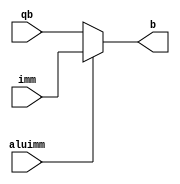
`timescale 1ns / 1ps
//////////////////////////////////////////////////////////////////////////////////
// Company: CMPEN 331
// 
// Design Name: 
// Module Name: ImmChoose
// Project Name: 
// Target Devices: 
// Tool Versions: 
// Description: 
// 
// Dependencies: 
// 
// Revision:
// Revision 0.01 - File Created
// Additional Comments:
// 
//////////////////////////////////////////////////////////////////////////////////


module ImmChoose(qb, imm, aluimm, b);
input [31:0] qb, imm;
input aluimm;
output reg [31:0] b;

always @(*)
begin
    if (aluimm)
        b = imm;
    else
        b = qb;
end
endmodule